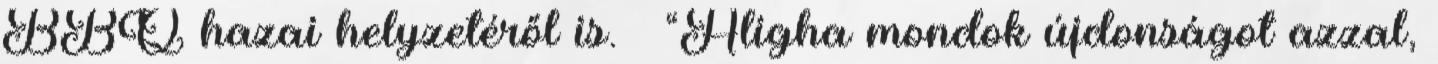
BBQ hazai helyzetéről is. – “Aligha mondok újdonságot azzal,